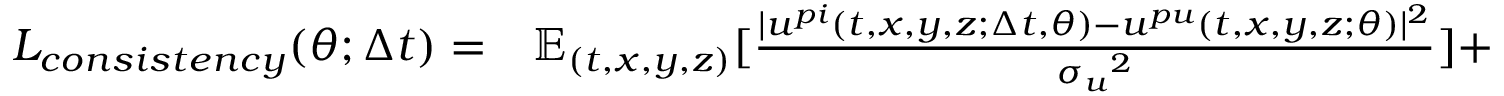
\begin{array} { r l } { L _ { c o n s i s t e n c y } ( \theta ; \Delta t ) = } & { { } \mathbb { E } _ { ( t , x , y , z ) } [ \frac { | { u } ^ { p i } ( t , x , y , z ; \Delta t , \theta ) - { u } ^ { p u } ( t , x , y , z ; \theta ) | ^ { 2 } } { { \sigma _ { u } } ^ { 2 } } ] + } \end{array}